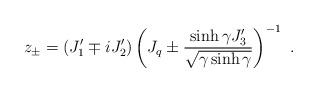
LaTeX: \begin{align*}z_{\pm}=(J_1^\prime\mp i J_2^\prime)\left(J_q\pm\displaystyle\frac{\sinh\gamma J_3^\prime}{\sqrt{\gamma \sinh\gamma}}\right)^{-1}~.\end{align*}